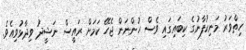
ހިތްވަރު މަނިކުފާނުގެ ކިބައިގައި ވެސް ހުންނަން ޖެހޭ ކަމަށް ރައީސް ނަޝީދު ވިދާޅުވިއެވެ.